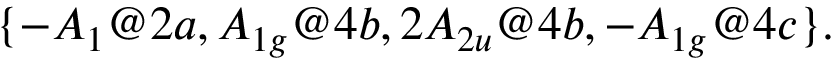
\{ - A _ { 1 } @ 2 a , A _ { 1 g } @ 4 b , 2 A _ { 2 u } @ 4 b , - A _ { 1 g } @ 4 c \} .